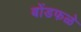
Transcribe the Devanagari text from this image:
बोंडफळे